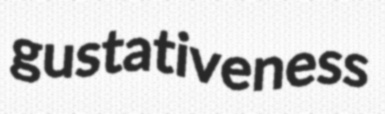
gustativeness